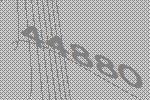
44880